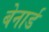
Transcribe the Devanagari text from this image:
बेनार्ड